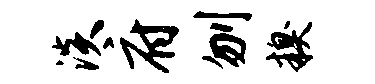
淡府刎糗